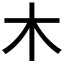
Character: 木